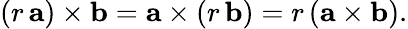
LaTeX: (r\, \mathbf{a})\times\mathbf{b}=\mathbf{a}\times(r\, \mathbf{b})=r\, (\mathbf{a}\times\mathbf{b}).